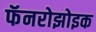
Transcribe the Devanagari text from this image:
फॅनरोझोइक